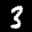
Label: 3